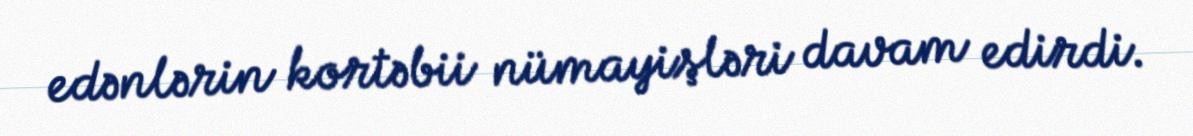
edənlərin kortəbii nümayişləri davam edirdi.